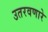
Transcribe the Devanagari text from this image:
उतरवणारे